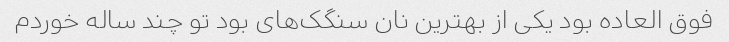
فوق العاده بود یکی از بهترین نان سنگک‌های بود تو چند ساله خوردم